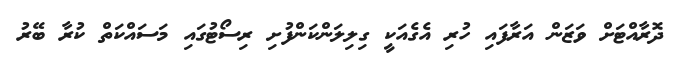
ދޮރާއްޓަށް ވަޒަން އަރާފައި ހުރި އެގެއަކީ ގިލިލަންކަންފުށި ރިސޯޓުގައި މަސައްކަތް ކުރާ ބޭރު